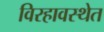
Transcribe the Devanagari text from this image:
विरहावस्थेत